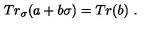
T r _ { \sigma } ( a + b \sigma ) = T r ( b ) \ .